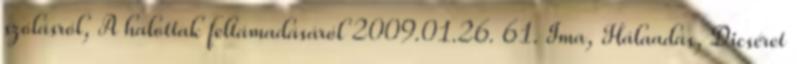
szólásról, A halottak feltámadásáról 2009.01.26. 61. Ima, Hálaadás, Dicséret